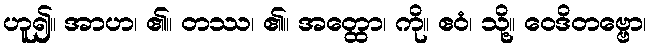
ဟူ၍။ အာဟ၊ ၏။ တဿ၊ ၏။ အတ္ထော၊ ကို။ ဧဝံ၊ သို့။ ဝေဒိတဗ္ဗော၊